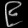
Digit: ၉